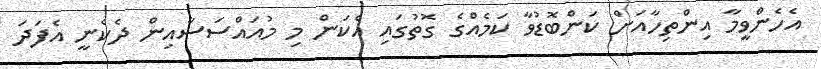
އެހެންވީމާ އިންތިހާއަށް ކަންބޮޑުވާ ކަމެއްގެ ގޮތުގައި އެކަން މި މުއައްސަސާއިން ދެކެނީ އެފަދަ